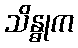
သိန္ဓုက